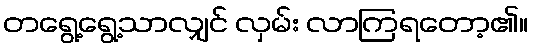
တရွေ့ရွေ့သာလျှင် လှမ်း လာကြရတော့၏။